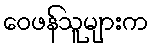
ဝေဖန်သူများက